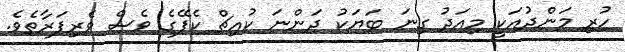
ހުރި މަންދުއަކީ މިއަދު ގިނަ ބަޔަކު ދަންނަ ކުއިޗް ކެފޭގެ ވެސް ވެރިފަރާތެވެ.